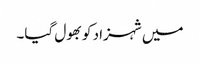
میں شہزاد کو بھول گیا۔